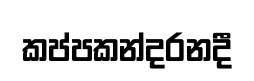
කප්පකන්දරනදී